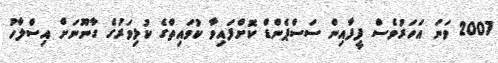
2007 ވަނަ އަހަރުވެސް ފީފާއިން ސަސްޕެންޑް ކޮށްފައިވާ ކުވައިތްގެ ކުޅިވަރުގެ ގާނޫނަށް އިސްލާހު